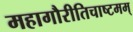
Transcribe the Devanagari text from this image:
महागौरीतिचाष्टमम्